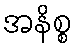
အနိစ္စ